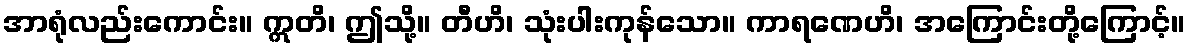
အာရုံလည်းကောင်း။ ဣတိ၊ ဤသို့။ တီဟိ၊ သုံးပါးကုန်သော။ ကာရဏေဟိ၊ အကြောင်းတို့ကြောင့်။